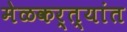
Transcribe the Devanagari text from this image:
मेळकर्त्यांत